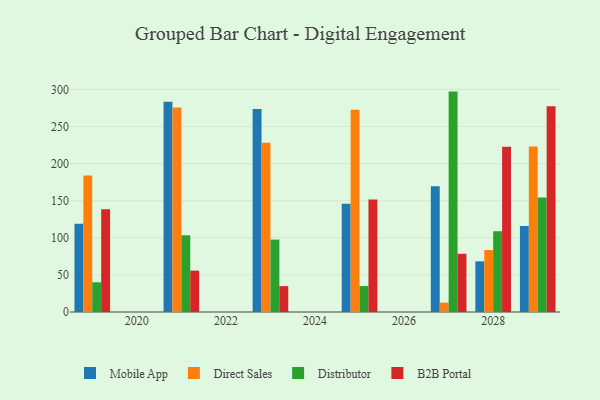
{"axis": {"x": "Year", "y": "Budget (USD K)"}, "legend": ["B2B Portal", "Direct Sales", "Distributor", "Mobile App"], "data": [{"x": "2028", "y": 68.3, "type": "Mobile App"}, {"x": "2028", "y": 83.5, "type": "Direct Sales"}, {"x": "2028", "y": 108.9, "type": "Distributor"}, {"x": "2028", "y": 222.7, "type": "B2B Portal"}, {"x": "2023", "y": 273.8, "type": "Mobile App"}, {"x": "2023", "y": 228.2, "type": "Direct Sales"}, {"x": "2023", "y": 97.6, "type": "Distributor"}, {"x": "2023", "y": 34.9, "type": "B2B Portal"}, {"x": "2027", "y": 169.4, "type": "Mobile App"}, {"x": "2027", "y": 12.6, "type": "Direct Sales"}, {"x": "2027", "y": 297.1, "type": "Distributor"}, {"x": "2027", "y": 78.5, "type": "B2B Portal"}, {"x": "2025", "y": 146.0, "type": "Mobile App"}, {"x": "2025", "y": 272.8, "type": "Direct Sales"}, {"x": "2025", "y": 35.0, "type": "Distributor"}, {"x": "2025", "y": 151.8, "type": "B2B Portal"}, {"x": "2021", "y": 283.3, "type": "Mobile App"}, {"x": "2021", "y": 275.6, "type": "Direct Sales"}, {"x": "2021", "y": 103.4, "type": "Distributor"}, {"x": "2021", "y": 55.8, "type": "B2B Portal"}, {"x": "2029", "y": 115.9, "type": "Mobile App"}, {"x": "2029", "y": 223.1, "type": "Direct Sales"}, {"x": "2029", "y": 154.2, "type": "Distributor"}, {"x": "2029", "y": 277.5, "type": "B2B Portal"}, {"x": "2019", "y": 119.0, "type": "Mobile App"}, {"x": "2019", "y": 184.0, "type": "Direct Sales"}, {"x": "2019", "y": 40.0, "type": "Distributor"}, {"x": "2019", "y": 138.4, "type": "B2B Portal"}]}